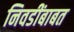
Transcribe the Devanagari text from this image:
निवडींबाबत